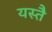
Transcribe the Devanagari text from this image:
यस्तै